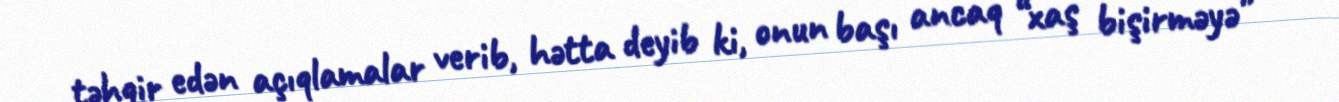
təhqir edən açıqlamalar verib, hətta deyib ki, onun başı ancaq “xaş bişirməyə”